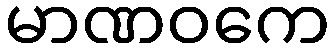
မာဏဝကေ